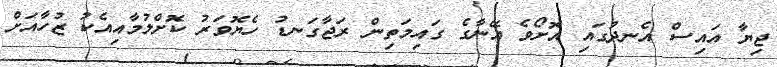
ޖިޔާ އައިސް އެނދުގައި އޮށޯވެ އޭނާގެ ގައިމަތިން ރަޖާގަނޑު ހެޔޮވަރު ކޮށްލުމާއިއެކު ޒުހާއަށް